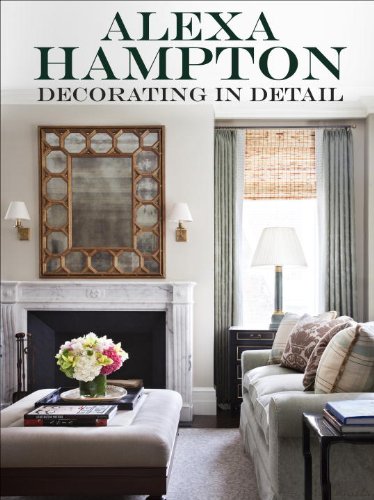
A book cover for Decorating in Detail; Alexa Hampton; Arts & Photography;